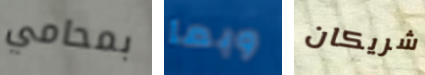
بمحامي وبما شريكان